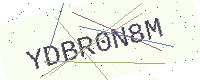
Text: YDBR0N8M